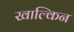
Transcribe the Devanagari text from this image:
खाल्किन